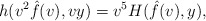
\begin{align*} h(v^2\hat{f}(v),vy)=v^5H(\hat{f}(v),y),\end{align*}